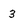
Character: 3